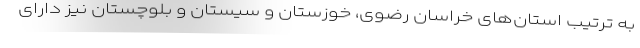
به ترتیب استان‌های خراسان رضوی، خوزستان و سیستان و بلوچستان نیز دارای